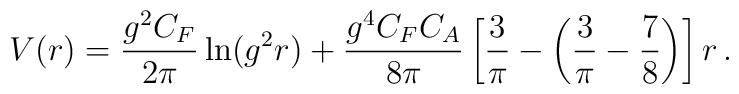
V(r)=\frac{g^2C_F}{2\pi}\ln (g^2 r)  +\frac{g^4C_FC_A}{8\pi}\left[ {3\over\pi}-\left({3\over\pi}-{7\over8}\right)\right]r\,.